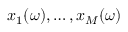
x _ { 1 } ( \omega ) , \ldots , x _ { M } ( \omega )